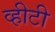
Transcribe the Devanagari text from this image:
व्हीटी